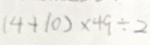
( 4 + 1 0 ) \times 4 9 \div 2